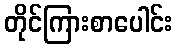
တိုင်ကြားစာပေါင်း